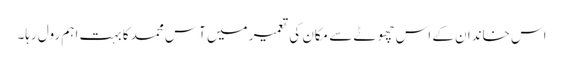
اس خاندان کے اس چھوٹے سے مکان کی تعمیر میں آس محمد کا بہت اہم رول رہا۔